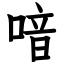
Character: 喑